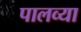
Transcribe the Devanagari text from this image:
पालव्या